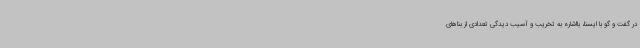
در گفت و گو با ایسنا، بااشاره به تخریب و آسیب دیدگی تعدادی از بناهای